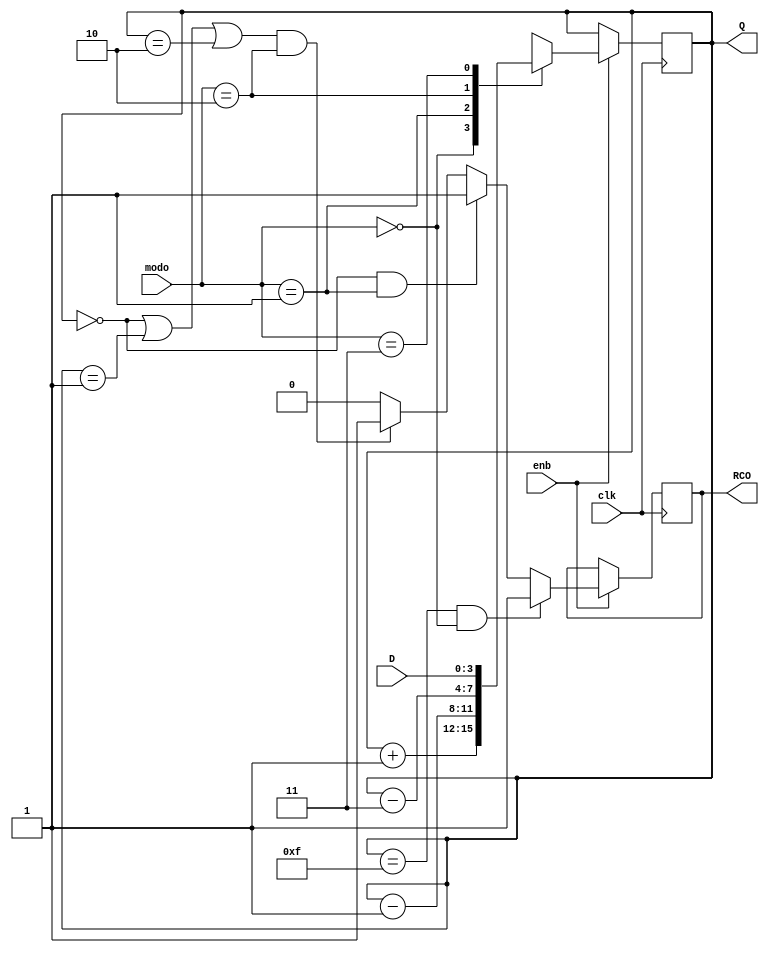
module cont1  (  
    
    Q ,//output del estado del contador
    RCO,// Ripple-Carry Out
    clk, //clock del modulo
    enb,  // enable del contador
    modo,  // input modo
    D //input de datos
 );

  //------------Inputs--------------
    input enb, clk;
    input [3:0] D;
    input [1:0] modo;
  //----------Outputs--------------
    output reg [3:0] Q ; 
    output reg RCO;
   // output reg a;
    
  //usar case/switch para los 4 casos para modo
  
  
always @(posedge clk)begin
  if (enb) begin
    //usar case casos del contador
        
        case (modo)
          2'b00: Q <= Q+1; //counter positivo +1
          2'b01: Q <= Q-1; //counter negativo -1
          2'b10: Q <= Q-3; //counter negativo de 3 en 3
          2'b11: Q <= D; //counter paralelo de su entrada D 
          default: Q <= Q;
        endcase
        
     
      
      /*if(modo == 2'b11)
        begin
          a <= clk;
        end
      else begin 
          a <= RCO;
      end*/

  //  modo1
   // assign modo1=(modo==2'b11);
   // assign a = modo1 ? clk :RCO;

    
      if(Q == 4'b1111 && modo == 2'b00 ) begin //cuenta ascendente +1

          RCO = 1'b1; // RCO = 1 si se rebasa la cuenta ascendente

      end else begin

          if(Q == 4'b0000 && modo == 2'b01 ) begin //cuenta descendente -1

            RCO = 1'b1;// RCO = 1 si se rebasa la cuenta descendente

          end else begin
          
            //se presenta 3 casos cuando se da el RCO = 1, como se tiene un retardo a la hora de tomar RCO como 1, se usan condiciones antes de la condicion real
            // ejemplo caso cuando Q=0000, para este caso se haria if(Q == 4'b0011) ya que por el retardo cuando Q =0000 no lo toma como RCO = 1 

            if((Q == 4'b0000 || Q == 4'b0001 || Q == 4'b0010) && modo == 2'b10) begin //cuenta descendente -3

              RCO = 1'b1;// RCO = 1 si se rebasa la cuenta descendente -3 (casos 0,1,2)

            end else begin 
              RCO = 1'b0;
            end
          
          end 


      end
  
  end


end


endmodule